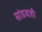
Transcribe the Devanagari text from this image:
सांडवाही